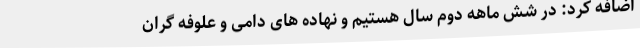
اضافه کرد: در شش ماهه دوم سال هستیم و نهاده های دامی و علوفه گران